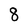
Character: 8